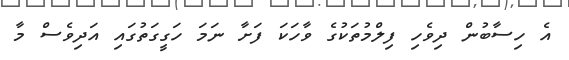
އެ ހިސާބުން ދިވެހި ފިލްމުތަކުގެ ވާހަކަ ފަށާ ނަމަ ހަގީގަތުގައި އަދިވެސް މާ